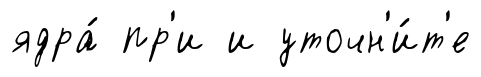
ядра́ пр'и и уточн'и́т'е